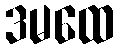
ဒမထေ